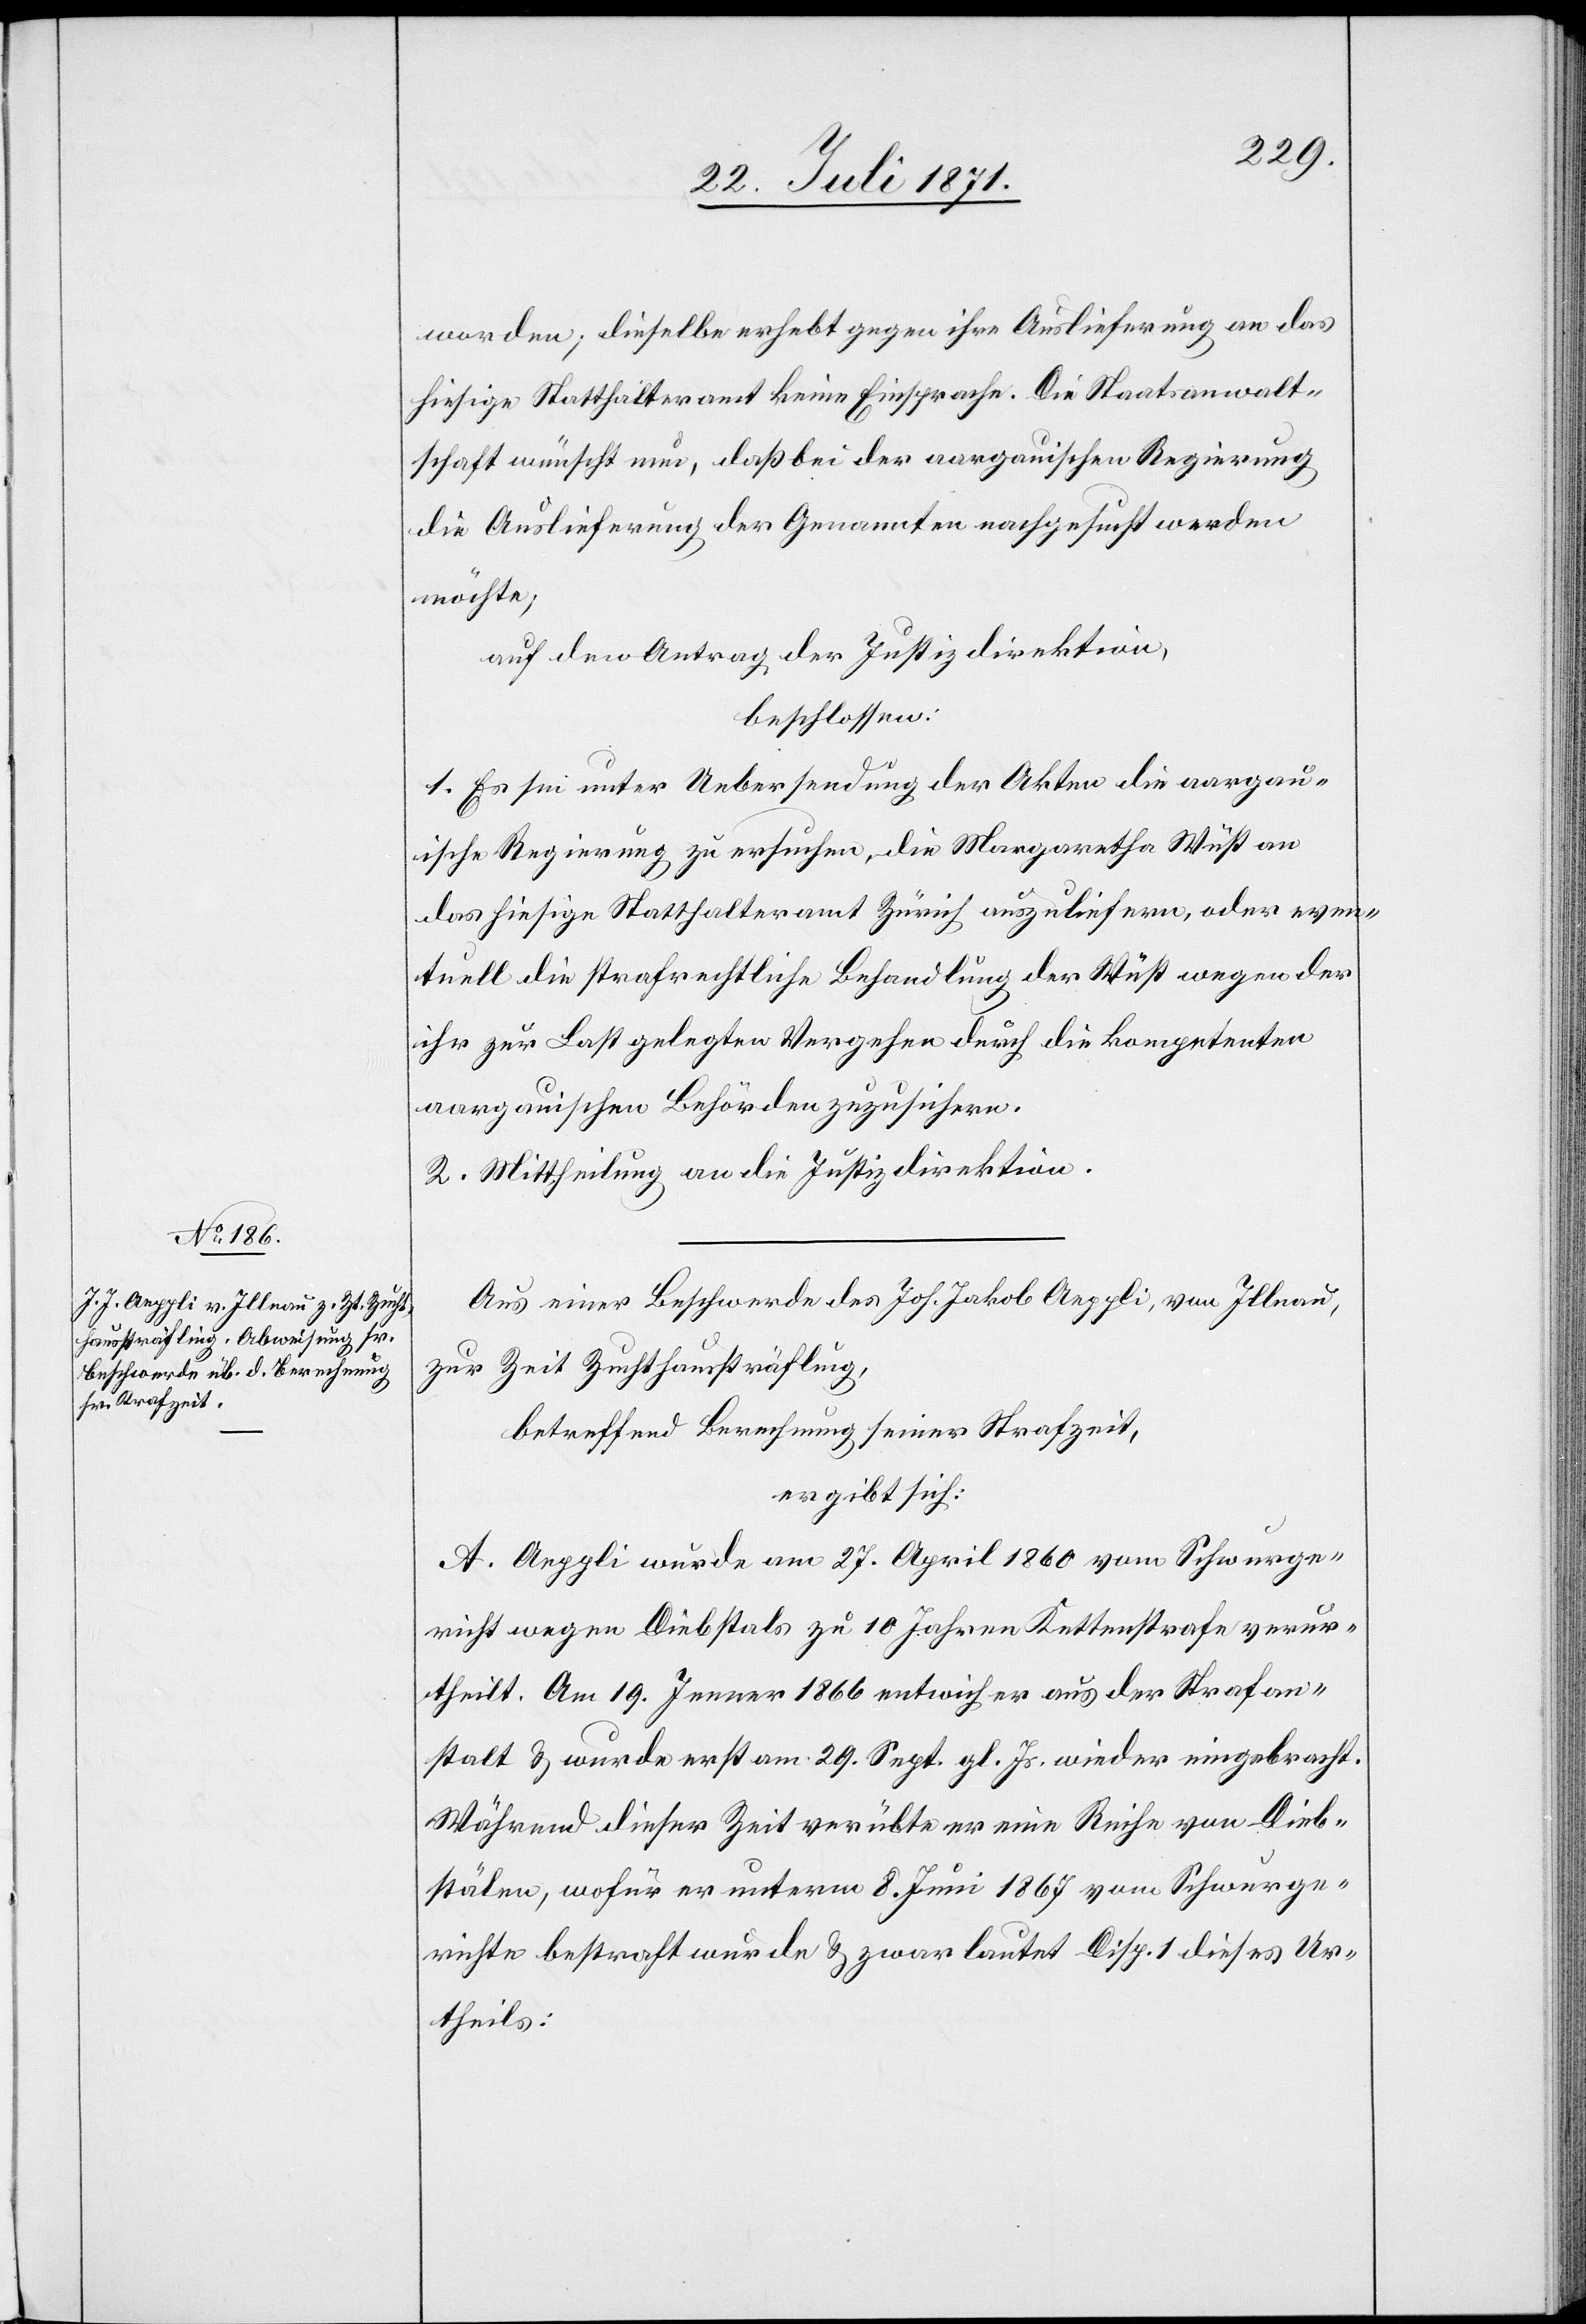
worden; dieselbe erhebt gegen ihre Auslieferung an das
hiesige Statthalteramt keine Einsprache. Die Staatsanwalt¬
schaft wünscht nun, daß bei der aargauischen Regierung
die Auslieferung der Genannten nachgesucht werden
möchte,
auf den Antrag der Justizdirektion,
beschlossen:
1. Es sei unter Uebersendung der Akten die aargau¬
ische Regierung zu ersuchen, die Margaretha Wüst an
das hiesige Statthalteramt Zürich auszuliefern, oder even¬
tuell die strafrechtliche Behandlung der Wüst wegen der
ihr zu Last gelegten Vergehen durch die kompetenten
aargauischen Behörden zuzusichern.
2. Mittheilung an die Justizdirektion.
Aus einer Beschwerde des Joh. Jakob Aeppli, von Illnau,
zur Zeit Zuchtsträfling,
betreffend Berechnung seiner Strafzeit,
ergibt sich:
A. Aeppli wurde am 27. April 1860 vom Schwurge¬
richt wegen Diebstals zu 10 Jahren Kettenstrafe verur¬
theilt. Am 19. Jenner 1866 entwich er aus der Strafan¬
stalt u. wurde erst am 29. Sept. gl. Js. wieder eingebracht.
Während dieser Zeit verübte er eine Reihe von Dieb¬
stälen, wofür er unterm 8. Juni 1867 vom Schwurge¬
richte bestraft wurde u. zwar lautet Disp. 1 dieses Ur¬
theils: